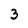
Character: 3